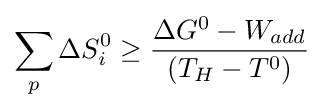
\sum _{p}^{}{\Delta S_{i}^{0}}\geq {\frac {\Delta G^{0}-W_{add}}{(T_{H}-T^{0})}}